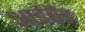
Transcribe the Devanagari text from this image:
आईबैंड